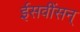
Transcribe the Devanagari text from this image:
ईसवींसन्